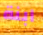
ابنة